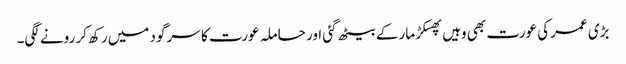
بڑی عمر کی عورت بھی وہیں پھسکڑ مار کے بیٹھ گئی اور حاملہ عورت کا سر گود میں رکھ کر رونے لگی۔